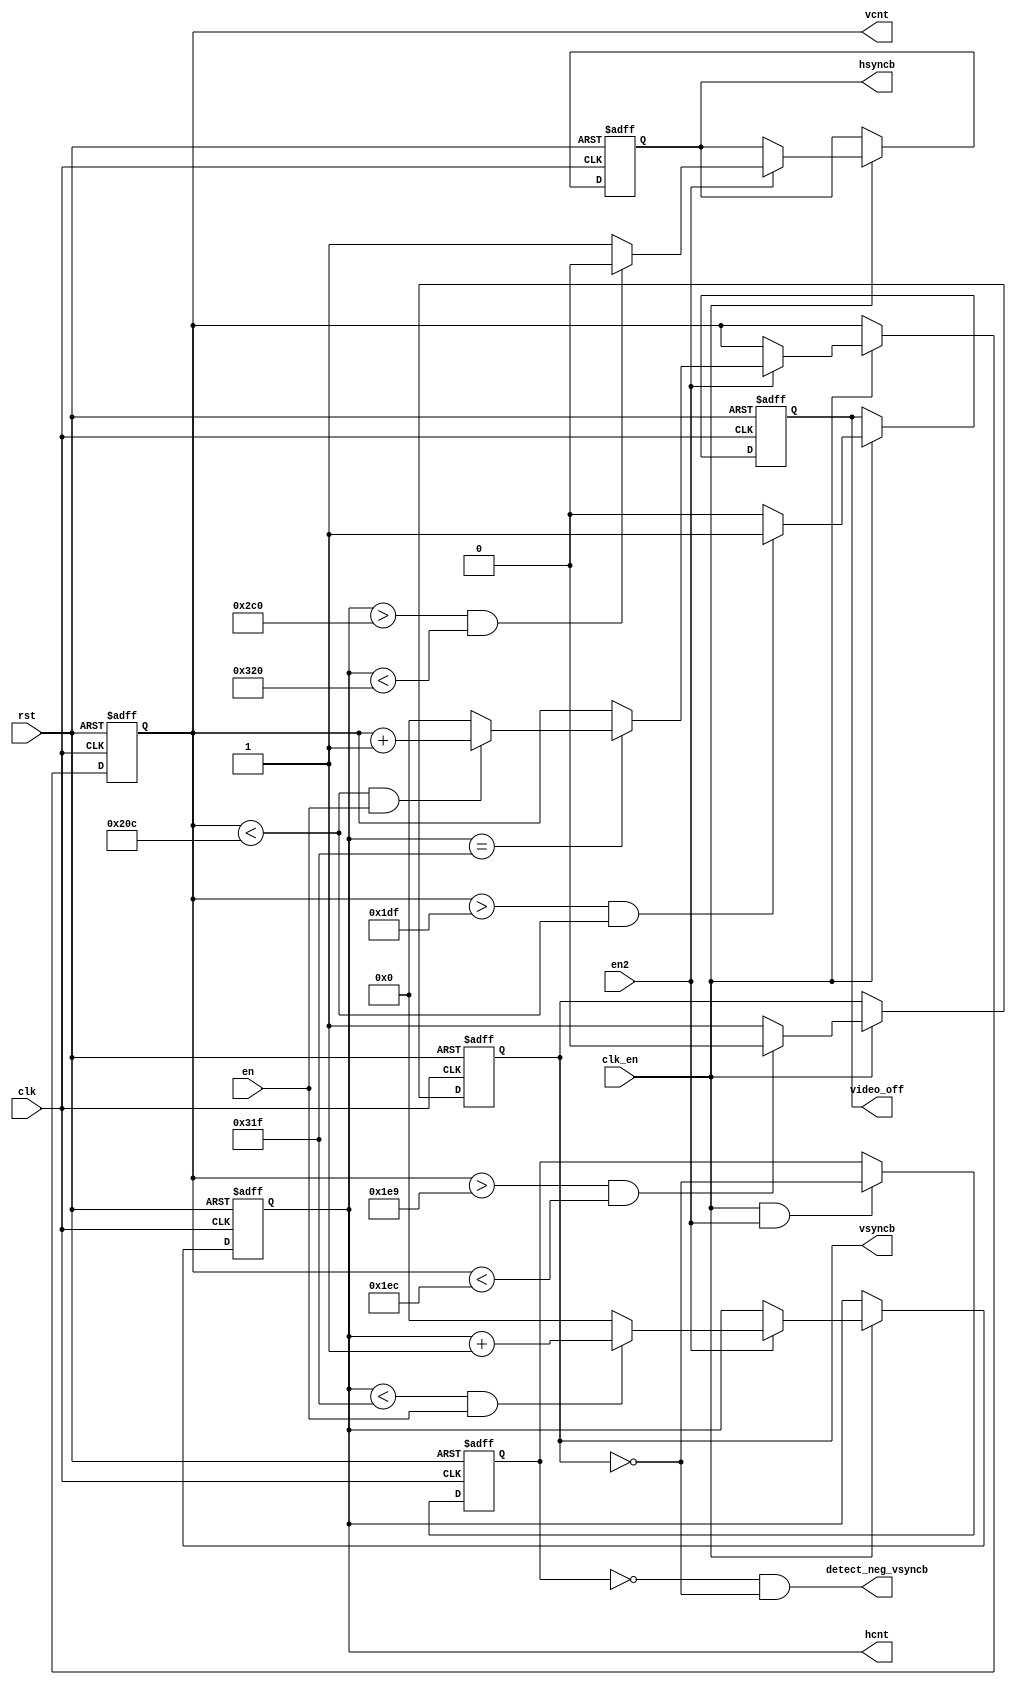
`timescale 1ns / 1ps
//////////////////////////////////////////////////////////////////////////////////
// Company: 
// 
// Design Name: 
// Module Name:    vga_disp 
// Project Name: 
// Target Devices: 
// Tool versions: 
// Description: 
//
// Dependencies: 
//
// Revision: 
// Revision 0.01 - File Created
// Additional Comments: 
//
//////////////////////////////////////////////////////////////////////////////////
module vga_display(
    input wire clk,
    input wire clk_en,
    input wire rst,
    output reg [9:0] hcnt,
    output reg [9:0] vcnt,
    output reg hsyncb,
    output reg vsyncb,
	output wire detect_neg_vsyncb,
	output reg video_off,
    input wire en,
	input wire en2
    );

reg vsyncb_1, vsyncb_2, vsyncb_3, vsyncb_4, vsyncb_5;
reg hsyncb_1, hsyncb_2, hsyncb_3, hsyncb_4, hsyncb_5;

localparam [9:0] SCAN_LINE_TIME_MAX_TIC = 799;
localparam [9:0] LINE_NUM_LIM = 524;

localparam [9:0] ACTIVE_VIDEO_TIC = 640;
localparam [9:0] FRONT_PORCH_TIC = 16;
localparam [9:0] HRZ_SYNC_TIC = 96;
localparam [9:0] BACK_PORCH_TIC = 48;

localparam [9:0] ACTIVE_VERT_LINE = 480;
localparam [9:0] FRONT_PORCH_LINE = 10;
localparam [9:0] VERT_SYNC_LINE = 2;
localparam [9:0] BACK_PORCH_LINE = 29;

reg buf_hsyncb, buf_vsyncb;

always @(posedge clk, posedge rst)
	if (rst)
		hcnt <= 'b0;
	else if (clk_en) begin
        if(en2 == 1) begin
            if (hcnt < SCAN_LINE_TIME_MAX_TIC && en == 'b1)		// 799-48
                hcnt <= hcnt + 1;
            else 
                hcnt <='b0;
        end
	end
always @( posedge clk, posedge rst)
	if (rst)
		buf_hsyncb <= 'b1;
	else if(clk_en && en2)
		buf_hsyncb <= hsyncb;

// hsyncb rising edge detect.		
//assign detect_hsyncb = ( hsyncb & ~buf_hsyncb);

always @(posedge clk, posedge rst)
	if (rst)
		vcnt <= 'b0;
	else if (clk_en) begin
           if(en2 == 1) begin
            if (hcnt == 799)
                if ( vcnt < LINE_NUM_LIM && en == 'b1)
                    vcnt <= vcnt + 1;
                else
                    vcnt <= 'b0;
            end	
        end
//  for centering the horiz position hsyncb should be asserted at the time 
//   +   640 <=  real display period
//   +   16 <= FRONT_PORCH_TIC
//   = 640 + 16 = 656

always @(posedge clk, posedge rst)
	if (rst) 
		hsyncb <= 1;
	else if (clk_en) begin
        if(en2)
            if ((hcnt > 656+48 ) && (hcnt < 656+48 + HRZ_SYNC_TIC))	//96
                hsyncb <= 'b0;
            else
                hsyncb <= 'b1;
    end
// for centering the vertical  position hsyncb should be asserted at the time 
  //   +   480 <=  real  display period
  //   +   10 <= FRONT_PORCH_LINE
  //   =   480 + 10 = 490 line
  
always @(posedge clk, posedge rst)
	if (rst) 
		vsyncb <= 1;
	else if (clk_en) begin
	   if ((vcnt > 489) && (vcnt < 490 + VERT_SYNC_LINE))//492
		  vsyncb <= 'b0;
	   else
		  vsyncb <= 'b1;
    end
always @(posedge clk, posedge rst) begin
	if(rst)
		video_off <= 1;
	else if (clk_en) begin
	   if(vcnt > 479 && vcnt < LINE_NUM_LIM)
		  video_off <= 1;
    	else
	       	video_off <= 0;
    end
end

always @(posedge clk, posedge rst)
	if (rst)
		buf_vsyncb <= 'b0;
	else if(clk_en & en2)
		buf_vsyncb <= ~vsyncb;
		
assign detect_neg_vsyncb = (~buf_vsyncb & ~vsyncb);

endmodule